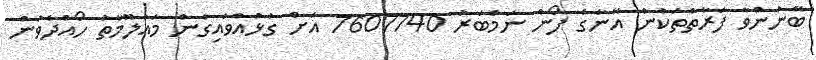
ބޭނުންވާ ފަރާތްތަކުން އޭނާގެ ފޯން ނަމްބަރު 7607740 އަށް ގުޅުއްވައިގެން މަޢުލޫމާތު ހޯއްދެވުން